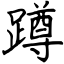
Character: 蹲